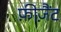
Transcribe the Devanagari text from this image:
फ़ीज़ैंट